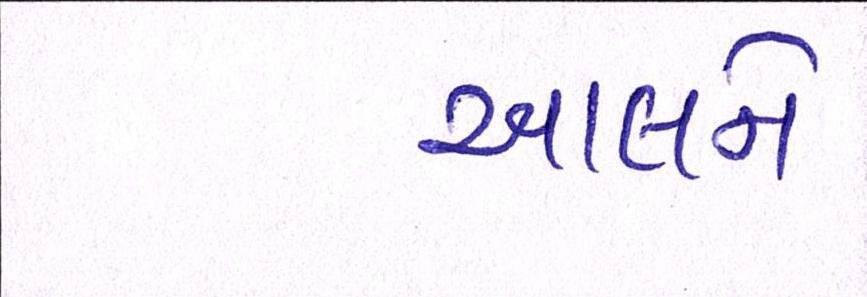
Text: આલને